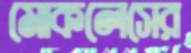
মোকলেসের